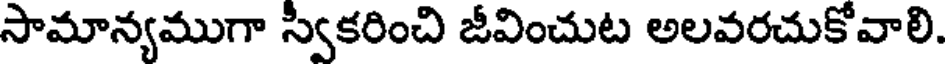
సామాన్యముగా స్వకరించి జీవించుట అలవరచుకోవాలి.